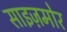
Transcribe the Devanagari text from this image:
साइज़मोर